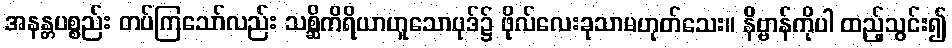
အနန္တပစ္စည်း တပ်ကြသော်လည်း သစ္ဆိကိရိယာဟူသောပုဒ်၌ ဖိုလ်လေးခုသာမဟုတ်သေး။ နိဗ္ဗာန်ကိုပါ ထည့်သွင်း၍